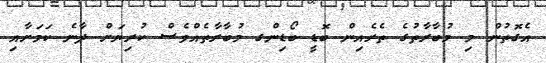
އެގޮތުން މި މުބާރާތުގެ ތެރެއިން ބޮޑީ ބޯޑިންގ މުބާރާތެއްވެސް ކުރިޔަށް ދާނެ ކަމަށާއި